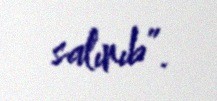
salınıb”.